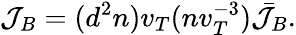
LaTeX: \mathcal{J}_{B}=(d^{2}n)v_{T}(nv_{T}^{-3})\bar{\mathcal{J}}_{B}.